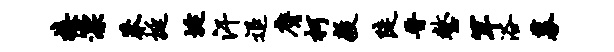
接漂莽挺埏汗退膺柯毅陡晋整罕浴募